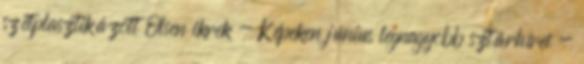
szétplasztikázott Olsen ikrek - Képeken június legnagyobb sztárhírei -